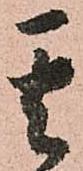
其